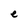
Character: e